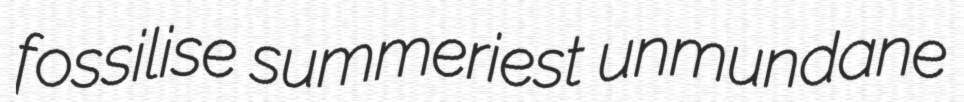
fossilise summeriest unmundane